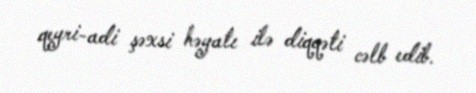
qeyri-adi şəxsi həyatı ilə diqqəti cəlb edib.